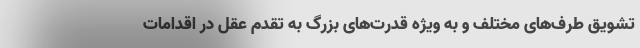
تشویق طرف‌های مختلف و به ویژه قدرت‌های بزرگ به تقدم عقل در اقدامات